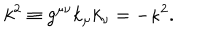
k ^ { 2 } \equiv g ^ { \mu \nu } k _ { \mu } k _ { \nu } = - \kappa ^ { 2 } .